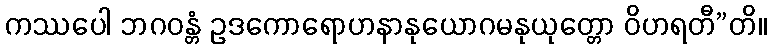
ကဿပေါ ဘဂဝန္တံ ဥဒကောရောဟနာနုယောဂမနုယုတ္တော ဝိဟရတီ”တိ။